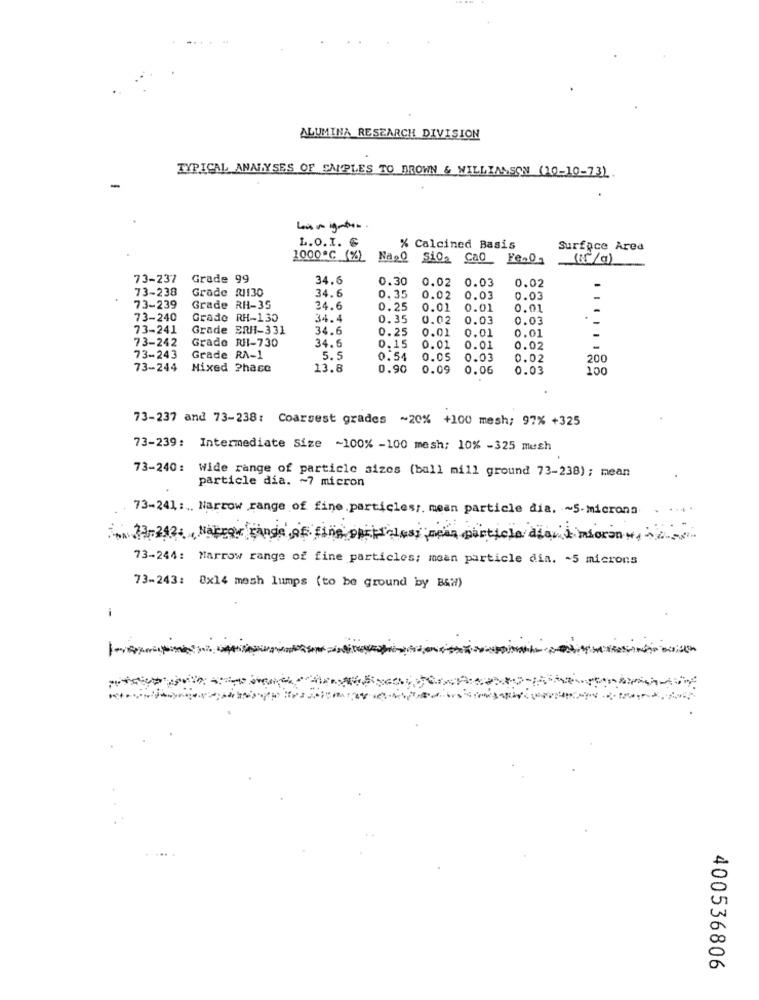
ALUMINA RESEARCH DIVISION
TYPICAL ANALYSES OF SAMPLES TO BROWN & WILLIAMSON (10-10-73)
L.O.I. 6
% Calcined Basis
Surface Area
1000ºC (%) Na20 Si0, Cao Fen0]
(15/g)
73-237
Grade 99
34.6
0.30
0.02
0.03
0.02
73-238
Grade RI130
34.6
0.35
0.02
0.03
0.03
73-239
Grade RH-35
24.6
0.25
0.01
0.01
0.01
73-240
Grade RH-130
34.4
0.35
0.02
0.03
0.03
.
73-241
Grade BRH-331
34.6
0.25
0.01
0.01
73-242
Grado RH-730
34.6
0.15
0.01
0.01
0.02
73-243
Grade RA-1
5.5
0.54
0.05
0.03
0.02
200
73-244
Mixed Phase
13.8
0.90
0.09
0.06
0.03
100
73-237 and 73-238: Coarsest grades ~20% +100 mesh; 97% +325
73-239: Intermediate Size -100% -100 mesh: 10% -325 megh
73-240: Wide range of particle sizes (ball mill ground 73-238); mean
particle dia. ~ 7 micron
73-241 :.. Narrow range of fine particles; mean particle dia. ~ 5. microns
13-242 ;, Narrar range of fine offis less mean partiola diay & mtorony,
73-244: Marrow range of fine particles; mean particle dia. ~ 5 microns
73-243: 0x14 mesh lumps (to be ground by B&W)
-
400536806